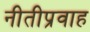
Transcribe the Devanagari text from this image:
नीतीप्रवाह